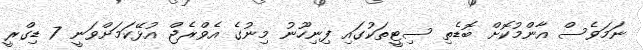
ނަމަވެސް އާންމުކޮށް ބޮޑެތި ސިޓީތަކުގައި ފިނިހޫނު މިނުގެ އެވްރެޖް އުޅޭކަމަށްވަނީ 7 ޑިގްރީ